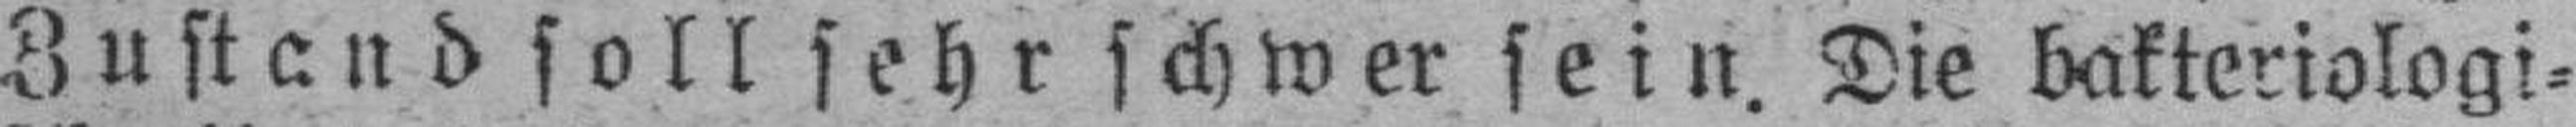
Zustand soll sehr schwer sein. Die bakteriologi¬